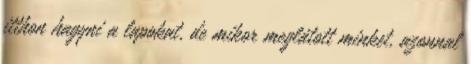
itthon hagyni a lapokat, de mikor meglátott minket, azonnal